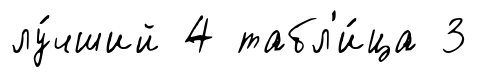
лу́чший 4 табл'и́ца 3